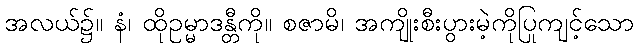
အလယ်၌။ နံ၊ ထိုဥမ္မာဒန္တီကို။ စဇာမိ၊ အကျိုးစီးပွားမဲ့ကိုပြုကျင့်သော